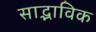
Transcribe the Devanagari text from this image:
साद्भाविक